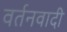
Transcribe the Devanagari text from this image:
वर्तनवादी